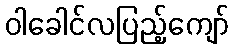
ဝါခေါင်လပြည့်ကျော်